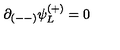
\partial _ { ( -- ) } \psi _ { L } ^ { ( + ) } = 0